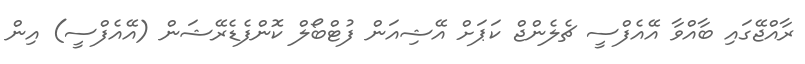
ރާއްޖޭގައި ބާއްވާ އޭއެފްސީ ޗެލެންޖް ކަޕަށް އޭޝިއަން ފުޓްބޯލް ކޮންފެޑެރޭޝަން (އޭއެފްސީ) އިން